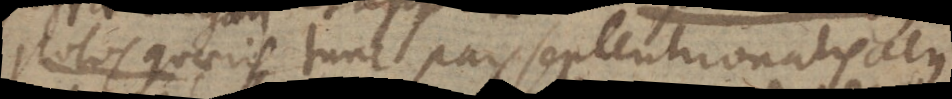
polos quaeris, tunc pars septentrionalis acus